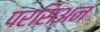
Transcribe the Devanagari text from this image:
परसिअन